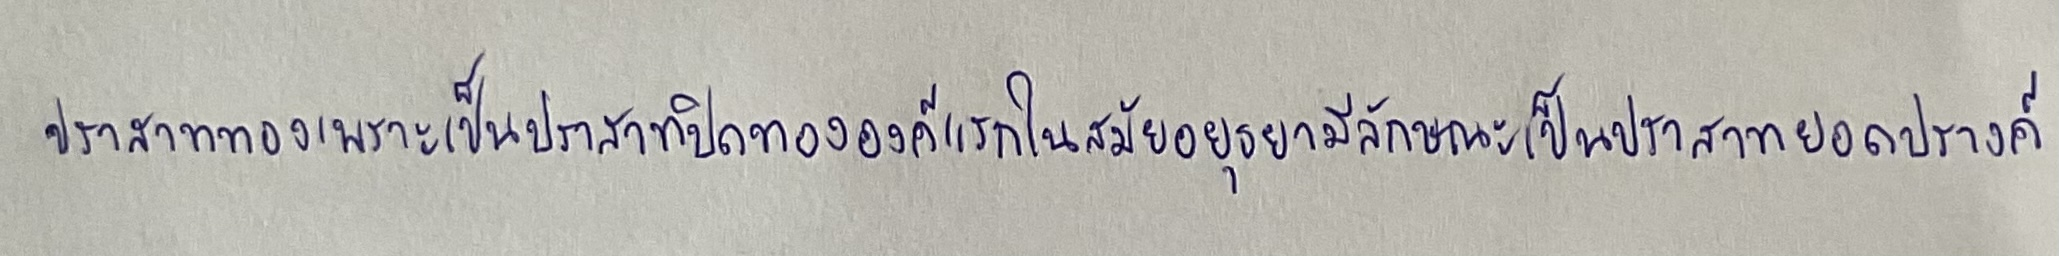
ปราสาททองเพราะเป็นปราสาทปิดทององค์แรกในสมัยอยุธยามีลักษณะเป็นปราสาทยอดปรางค์